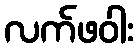
လက်ဖဝါး